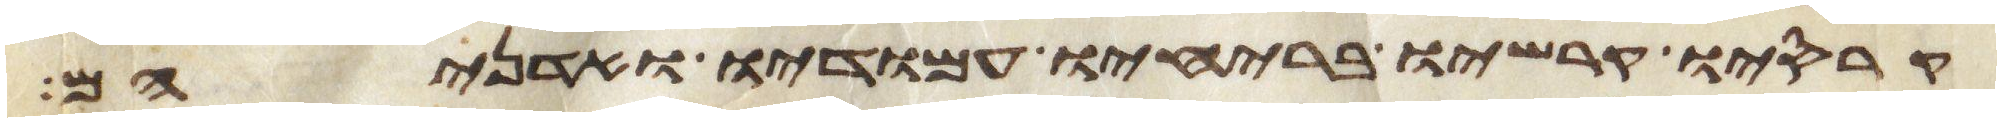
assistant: קרסיו קרשיו בריחיו עמודיו ואדניהם